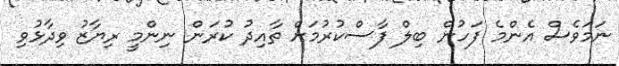
ނަމަވެސް އެންމެ ފަހުން ބިލް ފާސްކުރުމަށް ތާއިދު ކުރަން ނިންމީ ރިޔާޒު ވިދާޅުވި